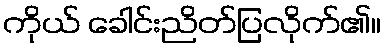
ကိုယ် ခေါင်းညိတ်ပြလိုက်၏။